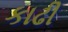
કાઢી